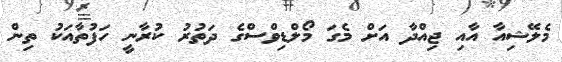
މެލޭޝިއާ އާއި ޖިއްދާ އަށް މެގަ މޯލްޑިވްސްގެ ދަތުރު ކުރާނީ ހަފުތާއަކު ތިން